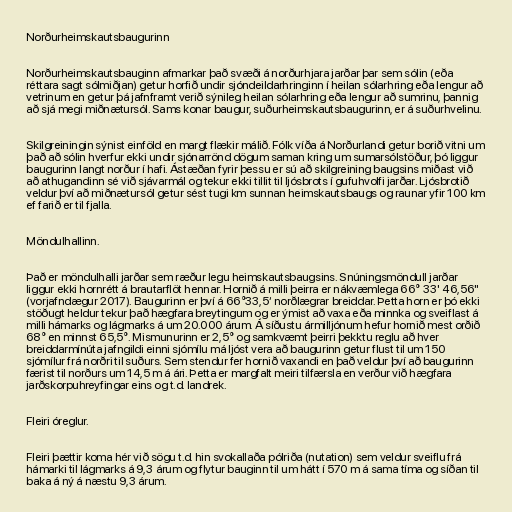
Norðurheimskautsbaugurinn

Norðurheimskautsbauginn afmarkar það svæði á norðurhjara jarðar þar sem sólin (eða
réttara sagt sólmiðjan) getur horfið undir sjóndeildarhringinn í heilan sólarhring eða lengur að
vetrinum en getur þá jafnframt verið sýnileg heilan sólarhring eða lengur að sumrinu, þannig
að sjá megi miðnætursól. Sams konar baugur, suðurheimskautsbaugurinn, er á suðurhvelinu.

Skilgreiningin sýnist einföld en margt flækir málið. Fólk víða á Norðurlandi getur borið vitni um
það að sólin hverfur ekki undir sjónarrönd dögum saman kring um sumarsólstöður, þó liggur
baugurinn langt norður í hafi. Ástæðan fyrir þessu er sú að skilgreining baugsins miðast við
að athugandinn sé við sjávarmál og tekur ekki tillit til ljósbrots í gufuhvolfi jarðar. Ljósbrotið
veldur því að miðnætursól getur sést tugi km sunnan heimskautsbaugs og raunar yfir 100 km
ef farið er til fjalla.

Möndulhallinn.

Það er möndulhalli jarðar sem ræður legu heimskautsbaugsins. Snúningsmöndull jarðar
liggur ekki hornrétt á brautarflöt hennar. Hornið á milli þeirra er nákvæmlega 66° 33' 46,56"
(vorjafndægur 2017). Baugurinn er því á 66°33,5‘ norðlægrar breiddar. Þetta horn er þó ekki
stöðugt heldur tekur það hægfara breytingum og er ýmist að vaxa eða minnka og sveiflast á
milli hámarks og lágmarks á um 20.000 árum. Á síðustu ármilljónum hefur hornið mest orðið
68° en minnst 65,5°. Mismunurinn er 2,5° og samkvæmt þeirri þekktu reglu að hver
breiddarmínúta jafngildi einni sjómílu má ljóst vera að baugurinn getur flust til um 150
sjómílur frá norðri til suðurs. Sem stendur fer hornið vaxandi en það veldur því að baugurinn
færist til norðurs um 14,5 m á ári. Þetta er margfalt meiri tilfærsla en verður við hægfara
jarðskorpuhreyfingar eins og t.d. landrek.

Fleiri óreglur.

Fleiri þættir koma hér við sögu t.d. hin svokallaða pólriða (nutation) sem veldur sveiflu frá
hámarki til lágmarks á 9,3 árum og flytur bauginn til um hátt í 570 m á sama tíma og síðan til
baka á ný á næstu 9,3 árum.